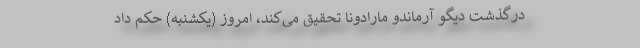
درگذشت دیگو آرماندو مارادونا تحقیق می‌کند، امروز (یکشنبه) حکم داد